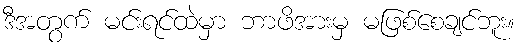
ဒီအတွက် မင်းရင်ထဲမှာ ဘာဖိအားမှ မဖြစ်စေချင်ဘူး။